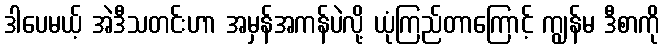
ဒါပေမယ့် အဲဒီသတင်းဟာ အမှန်အကန်ပဲလို့ ယုံကြည်တာကြောင့် ကျွန်မ ဒီစာကို